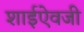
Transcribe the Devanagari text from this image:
शाईऐवजी